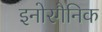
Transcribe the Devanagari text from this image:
इनोरगैनिक